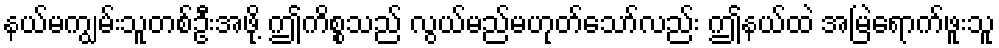
နယ်မကျွမ်းသူတစ်ဦးအဖို့ ဤကိစ္စသည် လွယ်မည်မဟုတ်သော်လည်း ဤနယ်ထဲ အမြဲရောက်ဖူးသူ